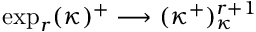
\exp _ { r } ( \kappa ) ^ { + } \longrightarrow ( \kappa ^ { + } ) _ { \kappa } ^ { r + 1 }